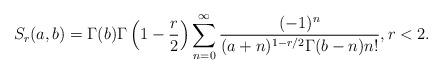
LaTeX: \begin{align*}S_r(a,b)=\Gamma(b)\Gamma\left(1-\frac{r}{2}\right)\sum_{n=0}^\infty\frac{(-1)^n}{(a+n)^{1-r/2}\Gamma(b-n) n!},r<2.\end{align*}